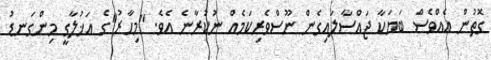
ގޮތުން އެއްވެސް ބަޔަކާ ޖައްސާލައިގެން ނޫސްވެރިކަމެއް ނުކުރާނެ އެވެ. "މިހާރު"ގެ އަޚުލާގީ މިންގަނޑު